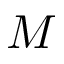
M